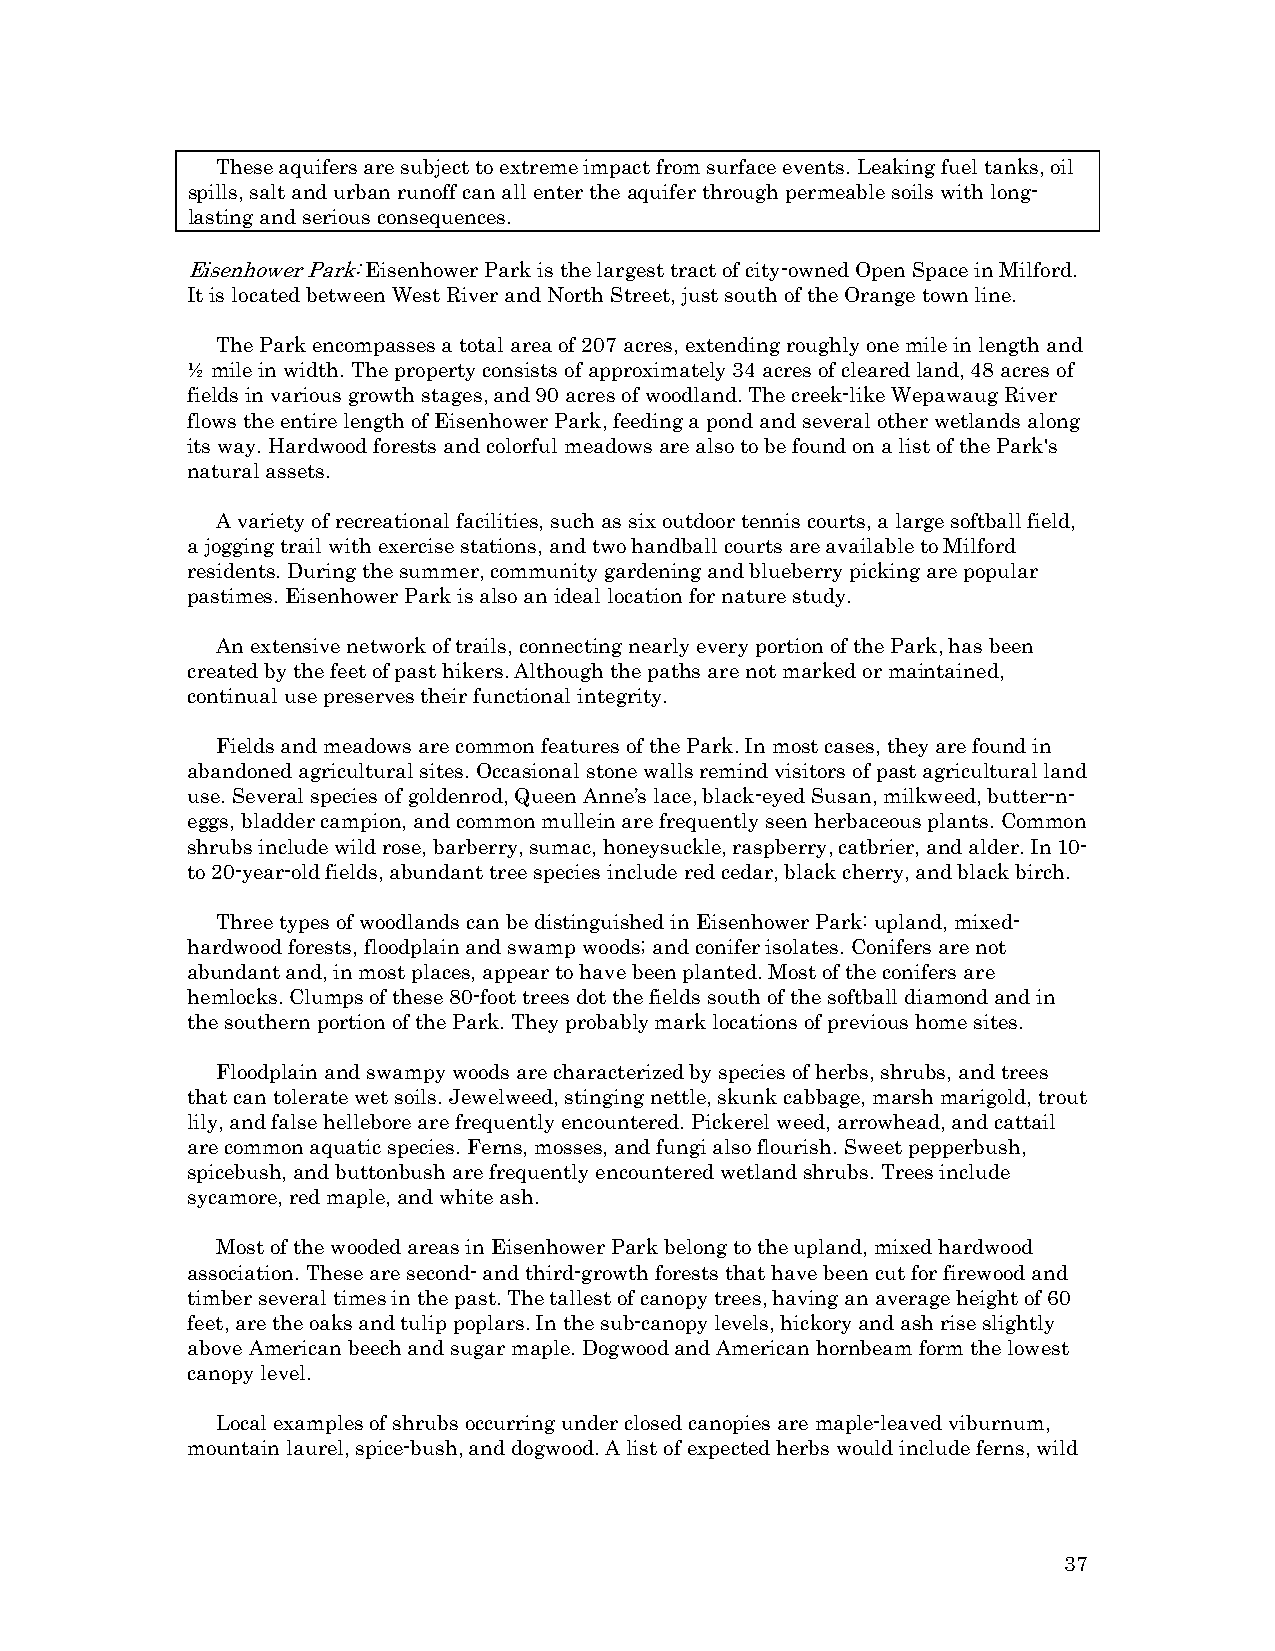
These aquifers are subject to extreme impact from surface events. Leaking fuel tanks, oil
 spills, salt and urban runoff can all enter the aquifer through permeable soils with long-
 lasting and serious consequences.
 Eisenhower Park: Eisenhower Park is the largest tract of city-owned Open Space in Milford.
 It is located between West River and North Street, just south of the Orange town line.
 The Park encompasses a total area of 207 acres, extending roughly one mile in length and
 ½ mile in width. The property consists of approximately 34 acres of cleared land, 48 acres of
 fields in various growth stages, and 90 acres of woodland. The creek-like Wepawaug River
 flows the entire length of Eisenhower Park, feeding a pond and several other wetlands along
 its way. Hardwood forests and colorful meadows are also to be found on a list of the Park's
 natural assets.
 A variety of recreational facilities, such as six outdoor tennis courts, a large softball field,
 a jogging trail with exercise stations, and two handball courts are available to Milford
 residents. During the summer, community gardening and blueberry picking are popular
 pastimes. Eisenhower Park is also an ideal location for nature study.
 An extensive network of trails, connecting nearly every portion of the Park, has been
 created by the feet of past hikers. Although the paths are not marked or maintained,
 continual use preserves their functional integrity.
 Fields and meadows are common features of the Park. In most cases, they are found in
 abandoned agricultural sites. Occasional stone walls remind visitors of past agricultural land
 use. Several species of goldenrod, Queen Anne’s lace, black-eyed Susan, milkweed, butter-n-
 eggs, bladder campion, and common mullein are frequently seen herbaceous plants. Common
 shrubs include wild rose, barberry, sumac, honeysuckle, raspberry, catbrier, and alder. In 10-
 to 20-year-old fields, abundant tree species include red cedar, black cherry, and black birch.
 Three types of woodlands can be distinguished in Eisenhower Park: upland, mixed-
 hardwood forests, floodplain and swamp woods; and conifer isolates. Conifers are not
 abundant and, in most places, appear to have been planted. Most of the conifers are
 hemlocks. Clumps of these 80-foot trees dot the fields south of the softball diamond and in
 the southern portion of the Park. They probably mark locations of previous home sites.
 Floodplain and swampy woods are characterized by species of herbs, shrubs, and trees
 that can tolerate wet soils. Jewelweed, stinging nettle, skunk cabbage, marsh marigold, trout
 lily, and false hellebore are frequently encountered. Pickerel weed, arrowhead, and cattail
 are common aquatic species. Ferns, mosses, and fungi also flourish. Sweet pepperbush,
 spicebush, and buttonbush are frequently encountered wetland shrubs. Trees include
 sycamore, red maple, and white ash.
 Most of the wooded areas in Eisenhower Park belong to the upland, mixed hardwood
 association. These are second- and third-growth forests that have been cut for firewood and
 timber several times in the past. The tallest of canopy trees, having an average height of 60
 feet, are the oaks and tulip poplars. In the sub-canopy levels, hickory and ash rise slightly
 above American beech and sugar maple. Dogwood and American hornbeam form the lowest
 canopy level.
 Local examples of shrubs occurring under closed canopies are maple-leaved viburnum,
 mountain laurel, spice-bush, and dogwood. A list of expected herbs would include ferns, wild
 37